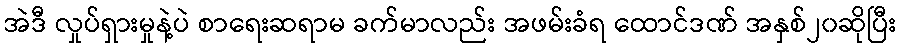
အဲဒီ လှုပ်ရှားမှုနဲ့ပဲ စာရေးဆရာမ ခက်မာလည်း အဖမ်းခံရ ထောင်ဒဏ် အနှစ်၂၀ဆိုပြီး